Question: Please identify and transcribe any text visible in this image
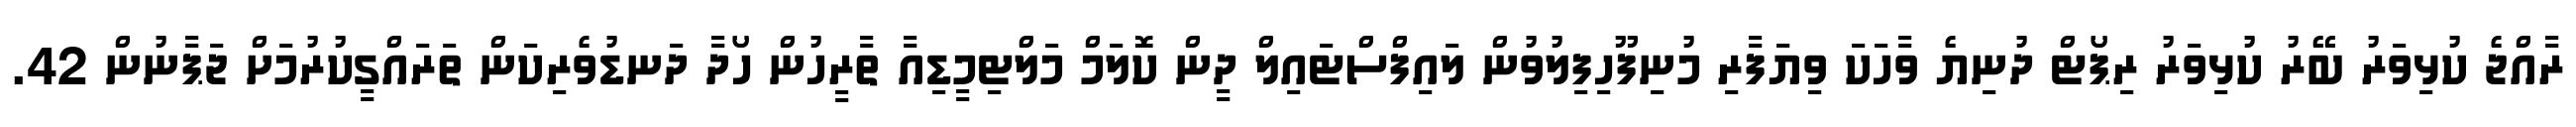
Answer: ރާއްޖެ ކުޅިވަރު ބޭރު ކުޅިވަރު ރިޕޯޓް ދުނިޔެ ވާހަކަ ވިޔަފާރި މުނިފޫހިފިލުވުން ލައިފްސްޓައިލް ދީން ކޮލަމް މަލްޓިމީޑިއާ ތާރީހުން ހޯދާ ދަނޑުވެރިކަން ތަރައްގީކުރުމަށް ޖަޕާނުން 42.